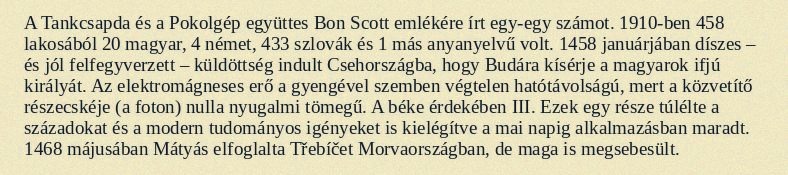
A Tankcsapda és a Pokolgép együttes Bon Scott emlékére írt egy-egy számot. 1910-ben 458 lakosából 20 magyar, 4 német, 433 szlovák és 1 más anyanyelvű volt. 1458 januárjában díszes – és jól felfegyverzett – küldöttség indult Csehországba, hogy Budára kísérje a magyarok ifjú királyát. Az elektromágneses erő a gyengével szemben végtelen hatótávolságú, mert a közvetítő részecskéje (a foton) nulla nyugalmi tömegű. A béke érdekében III. Ezek egy része túlélte a századokat és a modern tudományos igényeket is kielégítve a mai napig alkalmazásban maradt. 1468 májusában Mátyás elfoglalta Třebíčet Morvaországban, de maga is megsebesült.